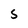
Character: S